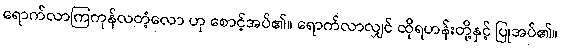
ရောက်လာကြကုန်လတံ့လော ဟု စောင့်အပ်၏။ ရောက်လာလျှင် ထိုရဟန်းတို့နှင့် ပြုအပ်၏။